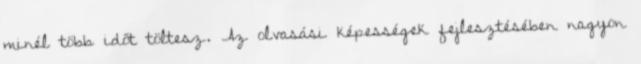
minél több időt töltesz. Az olvasási képességek fejlesztésében nagyon